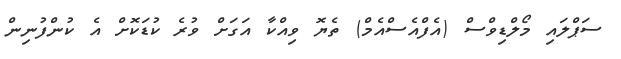
ސަޕްލައި މޯލްޑިވްސް (އެފްއެސްއެމް) ތެޔޮ ވިއްކާ އަގަށް ވުރެ ކުޑަކޮށް އެ ކުންފުނިން